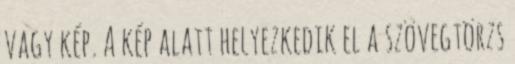
vagy kép. A kép alatt helyezkedik el a szövegtörzs